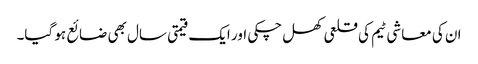
ان کی معاشی ٹیم کی قلعی کھل چکی اور ایک قیمتی سال بھی ضائع ہو گیا۔